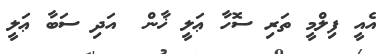
އެއީ ފިލްމީ ތަރި ސޮހާ ޢަލީ ޚާން  އަދި ސަބާ ޢަލީ